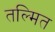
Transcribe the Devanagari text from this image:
तल्मित